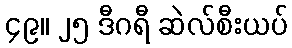
၄၉။ ၂၅ ဒီဂရီ ဆဲလ်စီးယပ်